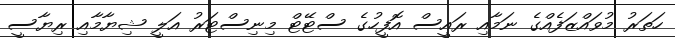
ހަތަރު މުވައްޒަފެއްގެ ނަމާއި ރައީސް އޮފީހުގެ ސްޓޭޓް މިނިސްޓަރު އަލީ ޝިޔާމާއި ރިޔާސީ